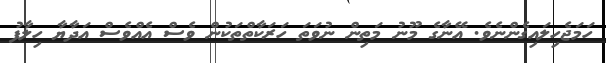
ހަމަޖެހިލައިގެންނެވެ. އޭނާގެ މޫނު މަތިން ނުވަތަ ހަރަކާތްތަކުން ވެސް އެއްވެސް އަދާޔާ ހިލާފު